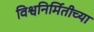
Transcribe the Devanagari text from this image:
विश्वनिर्मितीच्या